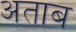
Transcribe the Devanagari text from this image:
अताब